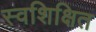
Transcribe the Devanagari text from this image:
स्वशिक्षित